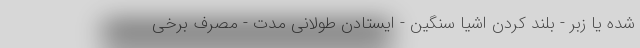
شده یا زبر - بلند کردن اشیا سنگین - ایستادن طولانی مدت - مصرف برخی